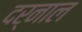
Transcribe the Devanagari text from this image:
दर्नाल